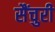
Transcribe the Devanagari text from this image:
सैंचुरी